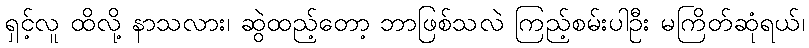
ရှင့်လူ ထိလို့ နာသလား၊ ဆွဲထည့်တော့ ဘာဖြစ်သလဲ ကြည့်စမ်းပါဦး မကြိတ်ဆုံရယ်၊